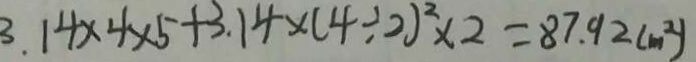
3 . 1 4 \times 4 \times 5 + 3 . 1 4 \times ( 4 \div 2 ) ^ { 2 } \times 2 = 8 7 . 9 2 ( m ^ { 2 } )